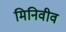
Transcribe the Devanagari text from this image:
मिनिवीव